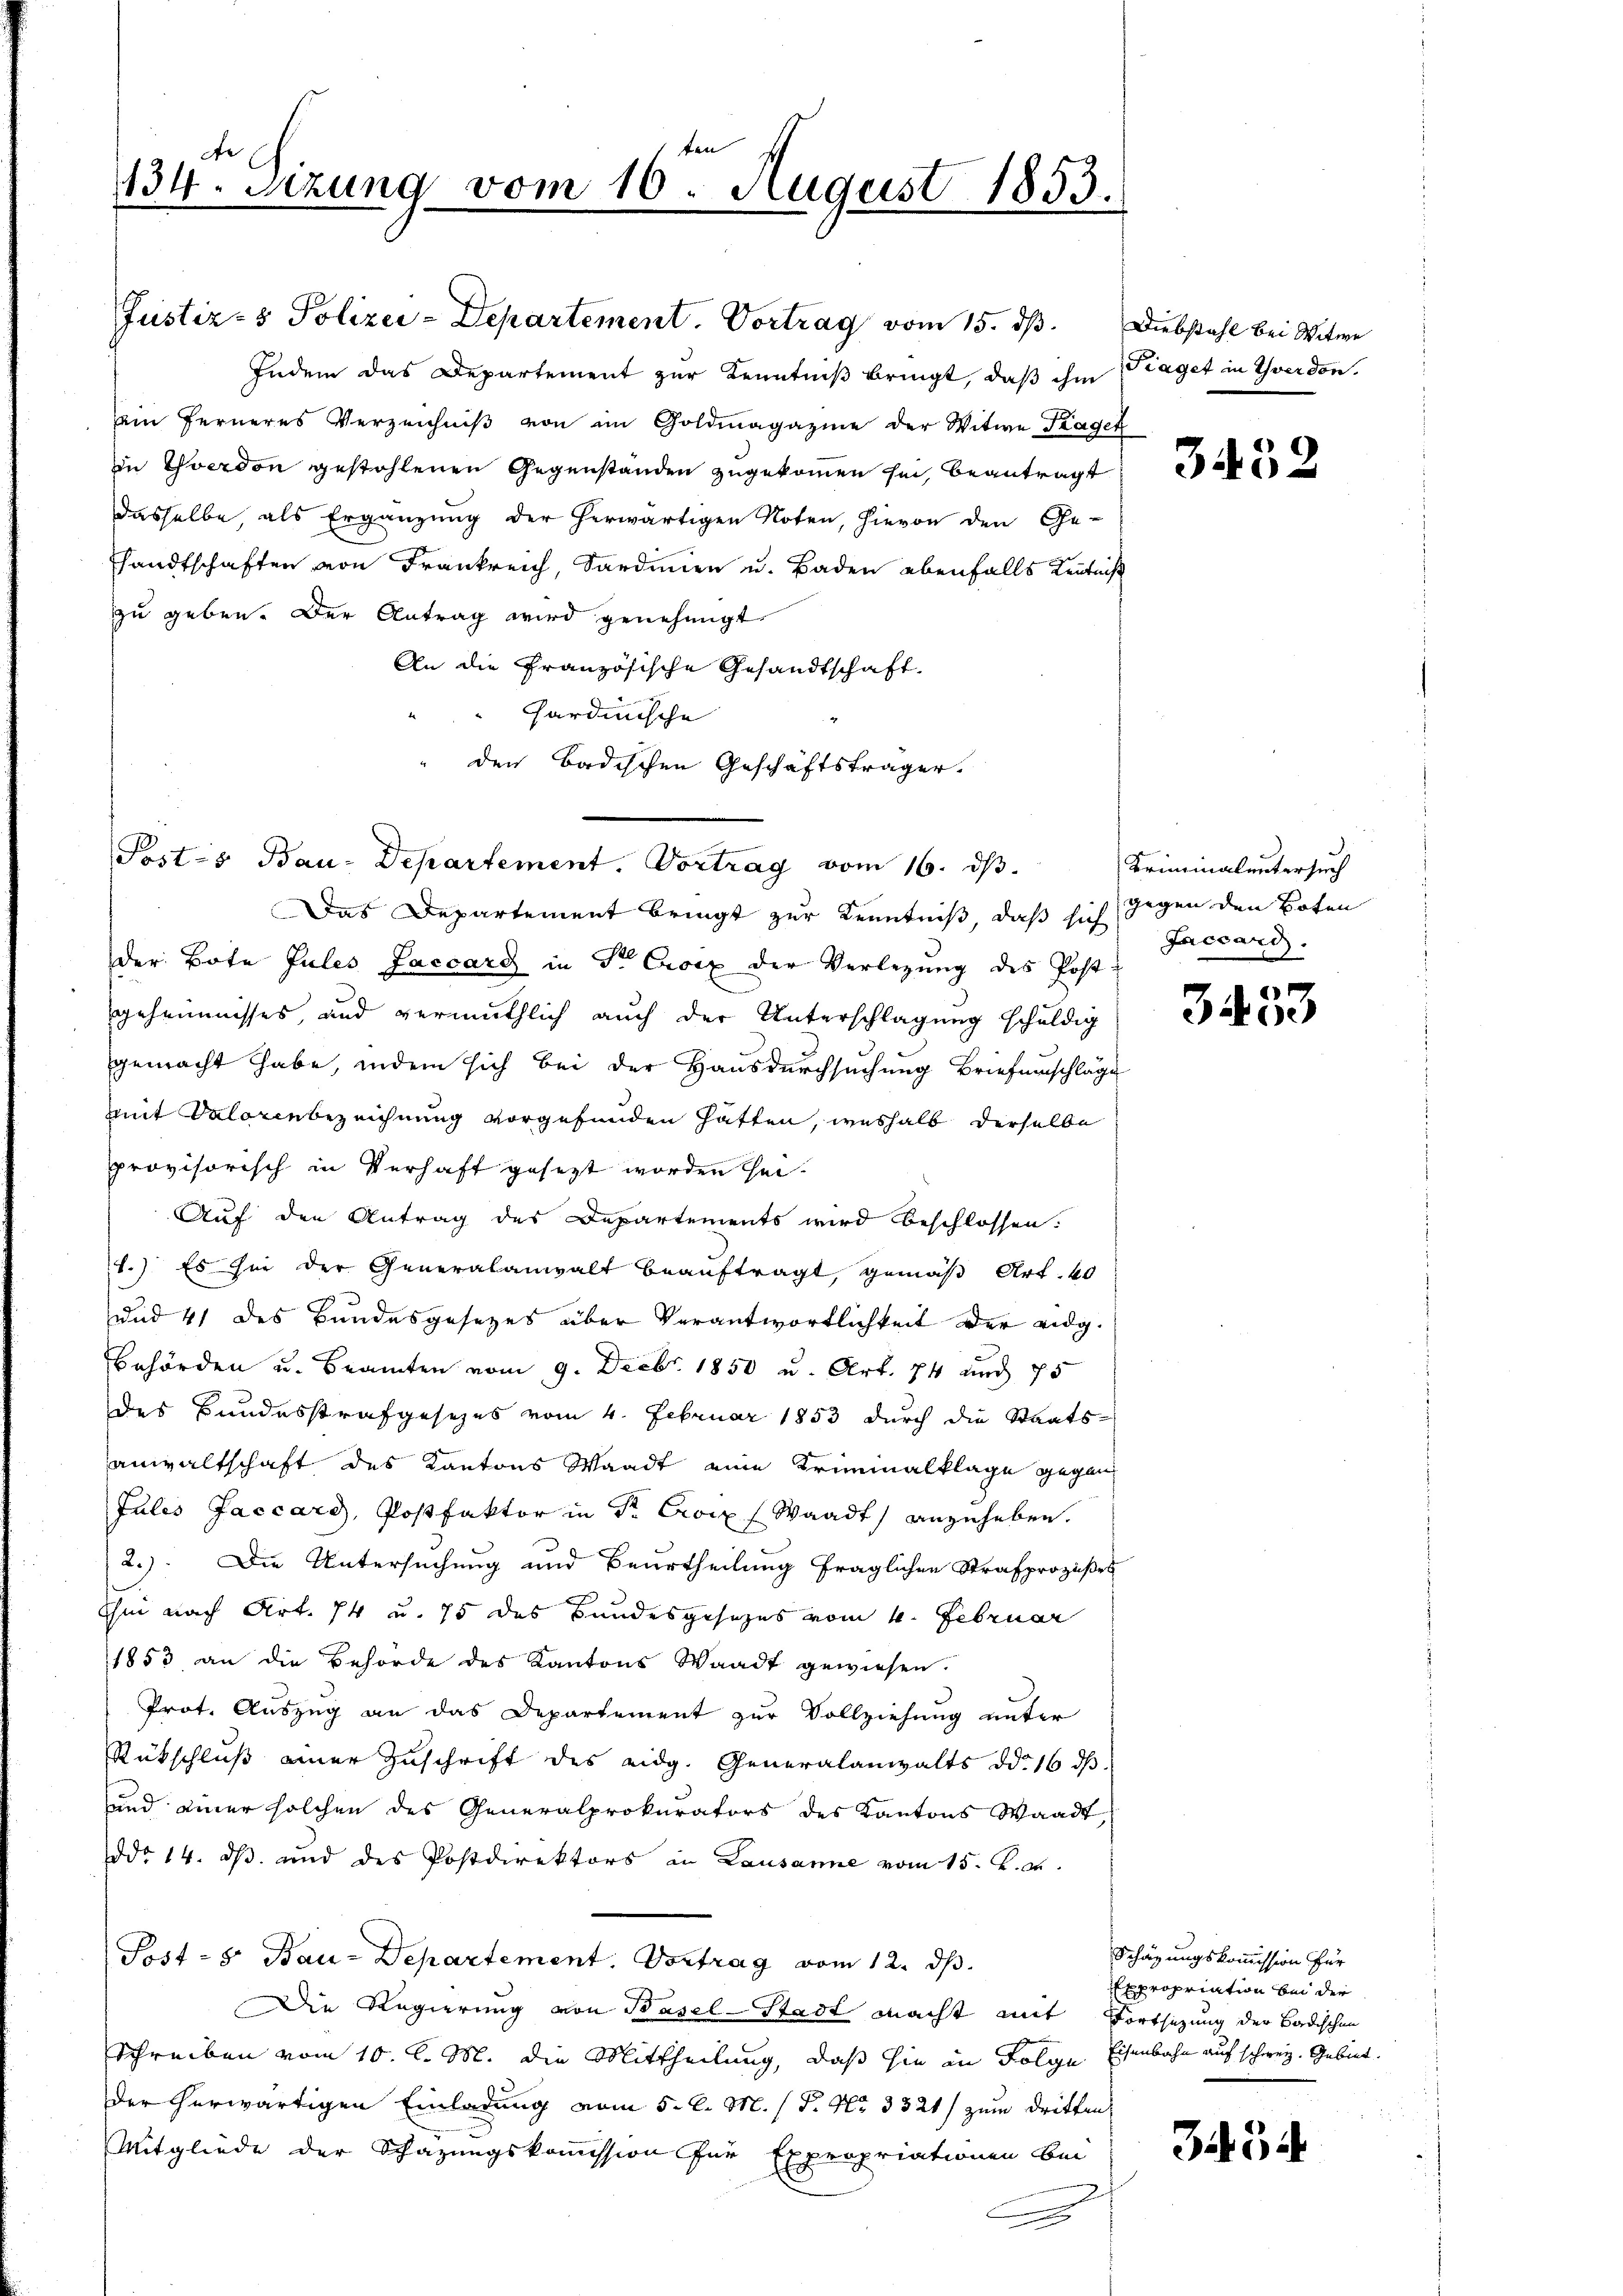
134. Sitzung vom 10. August 1853.

Indem das Departement zur Kenntniß bringt, daß ihm Raget in Yverdon.
ein ferneres Verzeichniß von im Goldmagazine der Witwe Kager
in Yverdon gestohlenen Gegenständen zugekommen sei, beantragt
dasselbe, als Ergänzung der herwärtigen Noten, hievon den Ge-
sandtschaften von Frankreich, Sardinien u. Baden ebenfalls Kenntniß
zu geben. Der Antrag wird genehmigt
An die Französische Gesandtschaft
Sardinische
den Badischen Geschäftsträger.
Posts Bau-Departement. Vortrag vom 16. ds.
Das Departement bringt zur Kenntniß, daß sich gegen den Boten
der Bote Jules Jaccarg in Sr. Croix der Verlegung des Postgeheimnisses, und vermuthlich auch der Unterschlagung schuldig
gemacht habe, indem sich bei der Hausdurchsuchung Briefenschläge
mit Salonenbezeichnung vorgefunden hätten, weshalb derselbe
provisorisch in Verhaft gesezt worden hei¬
Auf den Antrag des Departements wird beschlossen.
1.) Es sie der Generalanwalt beauftragt, gemäß Art. 40
und 41 des Bundesgesezes über Verantwortlichkeit der eidg.
Behörden u. Beamten vom 9. Decbr. 1850 u. Art. 74 und 75
des Bundesstrafgesezes vom 4. Februar 1853 durch die Staatsanwaltschaft des Kantons Waadt eine Kriminalklage gegen
Jules Jaccard, Postfaktor in Sr. Croix (Waadt anzuheben.
2.). Die Untersuchung und Beurtheilung fraglichen Strafprozeßes
sii nach Art. 74 u. 75 des Bundesgesezes vom 4. Februar
1853 an die Behörde des Kantons Waadt gewiesen.
Prot. Auszug an das Departement zur Vollziehung unter
Rückschluß einer Zuschrift des eidg. Generalanwalts d. 16 ds.
und einer solchen des Generalprokurators des Kantons Waadt,
Ddo 14. dβ. und des Postdirektors in Lausanne vom 15. d. d.
Post - 5. Bau-Departement. Vortrag vom 12. ds.
Die Regierung von Basel-Stadt macht mit Fortsezung der Badischen
Schreiben vom 10. l. M. die Mittheilung, daß sie in Folge Eisenbahn auf schweiz. Gebiet
der herwärtigen Einladung vom 5. d. M. / P. Nr. 3321) zum dritten
Mitgliede der Schazungskommission für Expropriationen bei
n

Justiz- & Polizei-Departement. Vortrag vom 15. ds. Diebstahl bei Witwe

3452

Kriminaluntersuch
Jaccari

3433

Schazungskommission für
Expropriation bei der

35